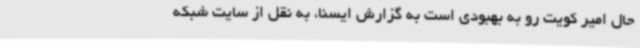
حال امیر کویت رو به بهبودی است به گزارش ایسنا، به نقل از سایت شبکه